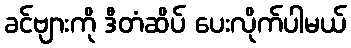
ခင်ဗျားကို ဒီတံဆိပ် ပေးလိုက်ပါမယ်